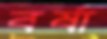
বর্ষা